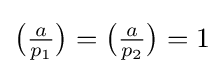
{\big (}{\tfrac {a}{p_{1}}}{\big )}={\big (}{\tfrac {a}{p_{2}}}{\big )}=1